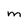
Character: m